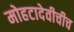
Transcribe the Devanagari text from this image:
मोहटादेवीचीच